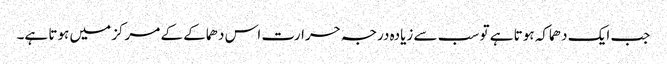
جب ایک دھماکہ ہوتا ہے تو سب سے زیادہ درجہ حرارت اس دھماکے کے مرکز میں ہوتا ہے۔